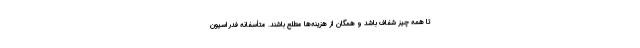
تا همه چیز شفاف باشد و همگان از هزینه‌ها مطلع باشند. متأسفانه فدراسیون